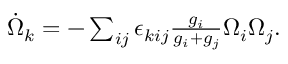
\begin{array} { r } { \dot { \Omega } _ { k } = - \sum _ { i j } \epsilon _ { k i j } \frac { g _ { i } } { g _ { i } + g _ { j } } \Omega _ { i } \Omega _ { j } . } \end{array}